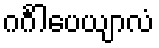
ဂင်္ဂါပေယျာလံ